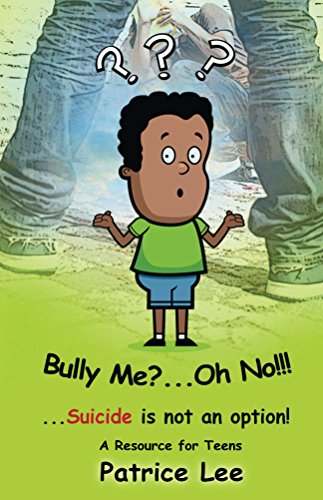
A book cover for Bully Me? . . .Oh NO! ! !; Patrice Lee; Teen & Young Adult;